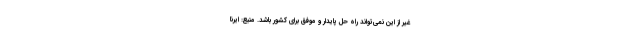
غیر از این نمی‌تواند راه حل پایدار و موفق برای کشور باشد. منبع: ایرنا